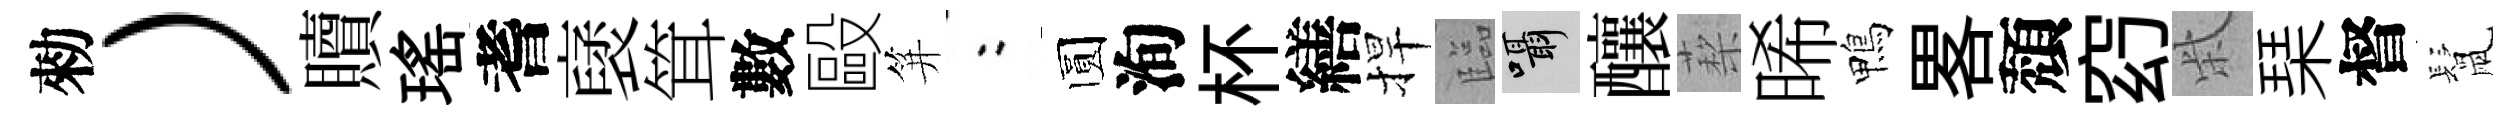
勑）贖瑤耆裦䇯數毆笄欸圆洵杯繕捍臨囁釀蔾晞鴨畧頽𥥆柴琹督鬛